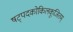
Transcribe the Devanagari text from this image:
षट्पदकोकिलकूजितम्